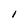
Character: l